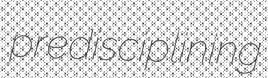
predisciplining